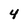
Character: 4